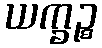
ယက္ခဉ္စ